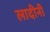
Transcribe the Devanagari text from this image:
लादीनी